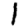
Digit: 1